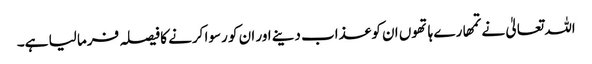
اللہ تعالیٰ نے تمھارے ہاتھوں ان کو عذاب دینے اور ان کو رسوا کرنے کا فیصلہ فرما لیا ہے۔